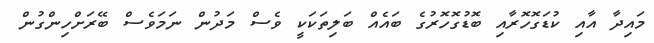
މައިދާ އާއި ކުޑަގޮހޮރާއި ބޮޑުގޮހޮރުގެ ބައެއް ބަލިތަކަކީ ވެސް މަދުން ނަމަވެސް ބޭރަށްހިންގުން